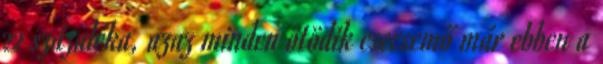
22 százaléka, azaz minden ötödik csecsemő már ebben a